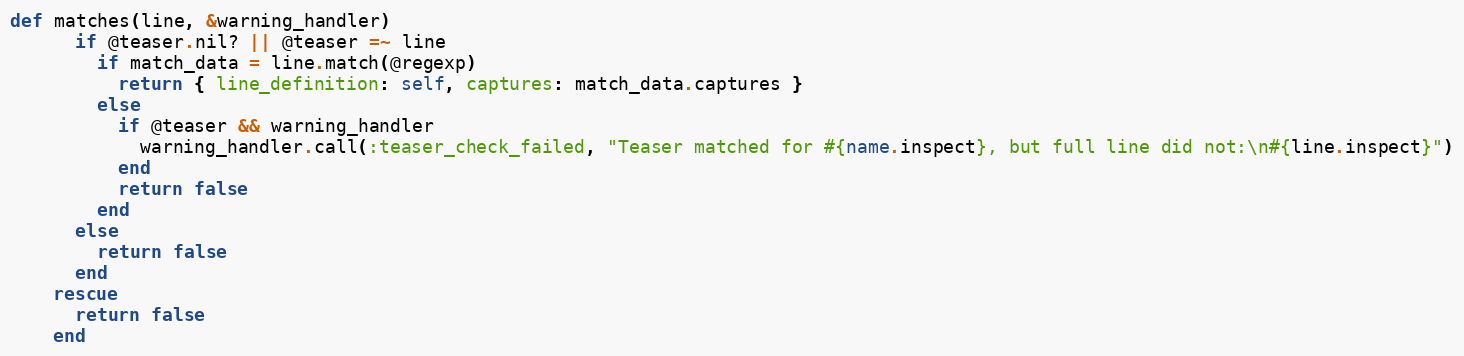
Language: Ruby
def matches(line, &warning_handler)
      if @teaser.nil? || @teaser =~ line
        if match_data = line.match(@regexp)
          return { line_definition: self, captures: match_data.captures }
        else
          if @teaser && warning_handler
            warning_handler.call(:teaser_check_failed, "Teaser matched for #{name.inspect}, but full line did not:\n#{line.inspect}")
          end
          return false
        end
      else
        return false
      end
    rescue
      return false
    end